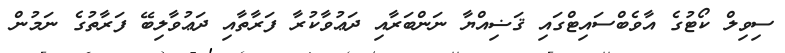
ސިވިލް ކޯޓުގެ އާވެބްސައިޓްގައި ޤަޟިއްޔާ ނަންބަރާއި ދަޢުވާކުރާ ފަރާތާއި ދަޢުވާލިބޭ ފަރާތުގެ ނަމުން